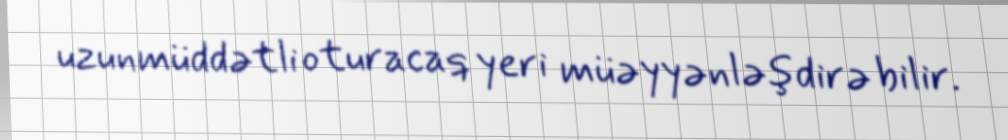
uzunmüddətli oturacaq yeri müəyyənləşdirə bilir.